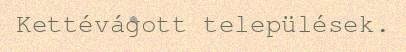
Kettévágott települések.